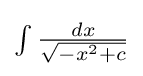
{\textstyle \int {\frac {dx}{\sqrt {-x^{2}+c}}}}